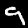
Digit: 9